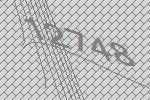
12748